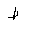
Letter: _da